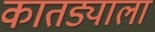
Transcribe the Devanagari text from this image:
कातड्याला